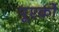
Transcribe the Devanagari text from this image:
पूएर्को